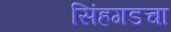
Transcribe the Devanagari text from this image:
सिंहगडचा